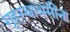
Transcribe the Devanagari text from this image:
गृहस्थाश्रमींना